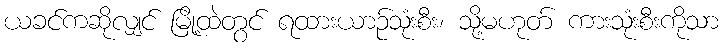
ယခင်ကဆိုလျှင် မြို့ထဲတွင် ရထားယာဉ်သုံးစီး၊ သို့မဟုတ် ကားသုံးစီးကိုသာ